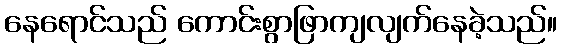
နေရောင်သည် ကောင်းစွာဖြာကျလျက်နေခဲ့သည်။